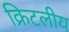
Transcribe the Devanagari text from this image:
क्रिटलीय